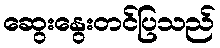
ဆွေးနွေးတင်ပြသည်